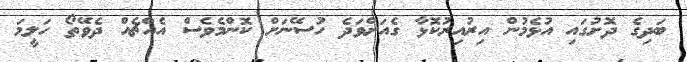
ބަދިގެ ދޮށުގައި އުޅެމުން އިރުއިރުކޮޅާ ގެއަށްވަދެ ހުސޭނަށް ކޮންމެވެސް އެއްޗެއް ދެވޭތޯ ހަލީމަ